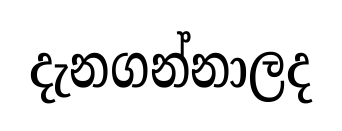
දැනගන්නාලද